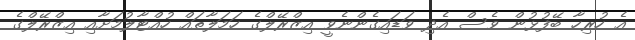
އެ ހުރިހާ ބޭފުޅުން ވެސް އެދި ވަޑައިގެންނެވީ އިޒްރޭލްގެ ހަމަލާތައް ހުއްޓާލުމަށާއި އިޒްރޭލްގެ